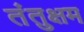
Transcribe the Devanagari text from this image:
तंतुक्षम